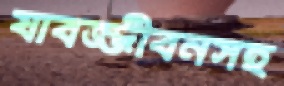
যাবজ্জীবনসহ